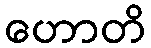
ဟောတိ